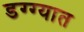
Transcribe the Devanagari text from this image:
डग्ग्यात